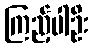
ကြည့်ပါဦး